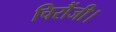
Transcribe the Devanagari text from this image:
चिरौंजी।